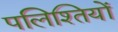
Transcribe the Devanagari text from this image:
पलिश्तियों